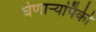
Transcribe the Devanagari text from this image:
घेणाऱ्यांपैकी